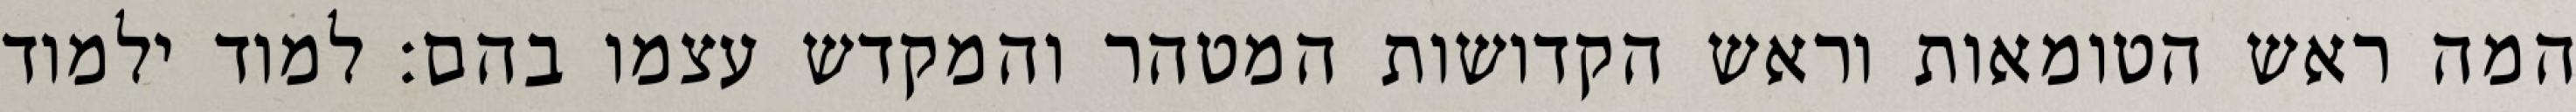
המה ראש הטומאות וראש הקדושות המטהר והמקדש עצמו בהם: למוד ילמוד